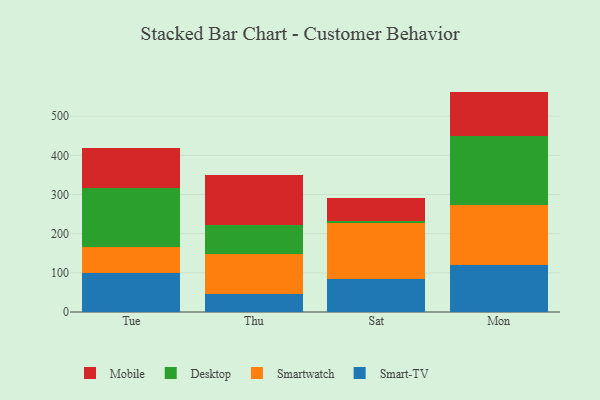
{"axis": {"x": "Day", "y": "Customer Acquisition Cost (USD)"}, "legend": ["Desktop", "Mobile", "Smart-TV", "Smartwatch"], "data": [{"x": "Tue", "y": 99.8, "type": "Smart-TV"}, {"x": "Tue", "y": 65.1, "type": "Smartwatch"}, {"x": "Tue", "y": 150.8, "type": "Desktop"}, {"x": "Tue", "y": 102.7, "type": "Mobile"}, {"x": "Thu", "y": 46.8, "type": "Smart-TV"}, {"x": "Thu", "y": 101.8, "type": "Smartwatch"}, {"x": "Thu", "y": 73.7, "type": "Desktop"}, {"x": "Thu", "y": 127.7, "type": "Mobile"}, {"x": "Sat", "y": 83.3, "type": "Smart-TV"}, {"x": "Sat", "y": 143.0, "type": "Smartwatch"}, {"x": "Sat", "y": 6.7, "type": "Desktop"}, {"x": "Sat", "y": 58.2, "type": "Mobile"}, {"x": "Mon", "y": 120.3, "type": "Smart-TV"}, {"x": "Mon", "y": 153.3, "type": "Smartwatch"}, {"x": "Mon", "y": 175.1, "type": "Desktop"}, {"x": "Mon", "y": 114.0, "type": "Mobile"}]}